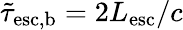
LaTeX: \tilde{\tau}_{\mathrm{esc,b}}=2L_{\mathrm{esc}}/c